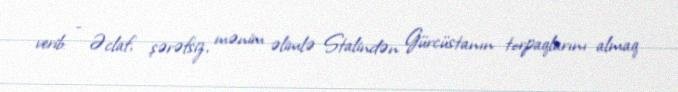
verib: - Əclaf, şərəfsiz, mənim əlimlə Stalindən Gürcüstanın torpaqlarını almaq